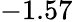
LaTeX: -1.57